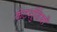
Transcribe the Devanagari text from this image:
कंटशुंडियाँ